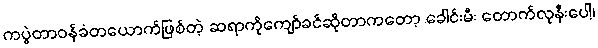
ကပွဲတာဝန်ခံတယောက်ဖြစ်တဲ့ ဆရာကိုကျော်ခင်ဆိုတာကတော့ ခေါင်းမီး တောက်လုနီးပေါ့၊